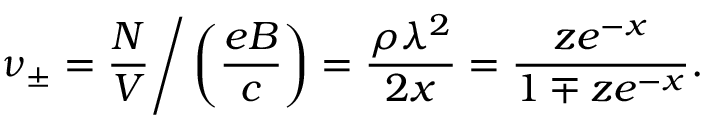
\nu _ { \pm } = { \frac { N } { V } } \Bigg / \left( { \frac { e B } { c } } \right) = { \frac { \rho \lambda ^ { 2 } } { 2 x } } = { \frac { z e ^ { - x } } { 1 \mp z e ^ { - x } } } .